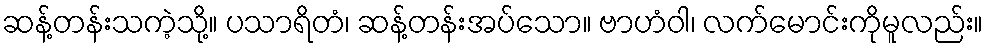
ဆန့်တန်းသကဲ့သို့။ ပသာရိတံ၊ ဆန့်တန်းအပ်သော။ ဗာဟံဝါ၊ လက်မောင်းကိုမူလည်း။